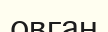
овган